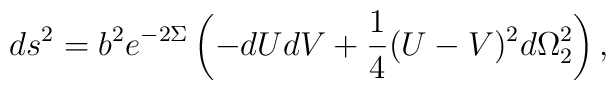
ds^2=b^2 e^{-2\Sigma}\left(-dUdV+\frac{1}{4}(U-V)^2 d\Omega_2^2\right),